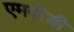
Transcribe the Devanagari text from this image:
एमवीडी